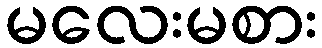
မလေးမစား